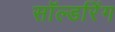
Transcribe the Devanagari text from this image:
सॉल्डरिंग